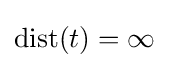
\operatorname {dist} (t)=\infty